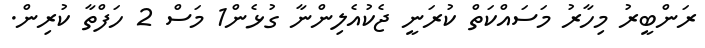
ރަންބީރު މިހާރު މަސައްކަތް ކުރަނީ ޖެކުއެލިންނާ ގުޅެން1 މަސް 2 ހަފްތާ ކުރިން.